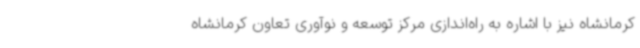
کرمانشاه نیز با اشاره به راه‌اندازی مرکز توسعه و نوآوری تعاون کرمانشاه